Vabadussoja_Ajaloo_Komitee, lk 21
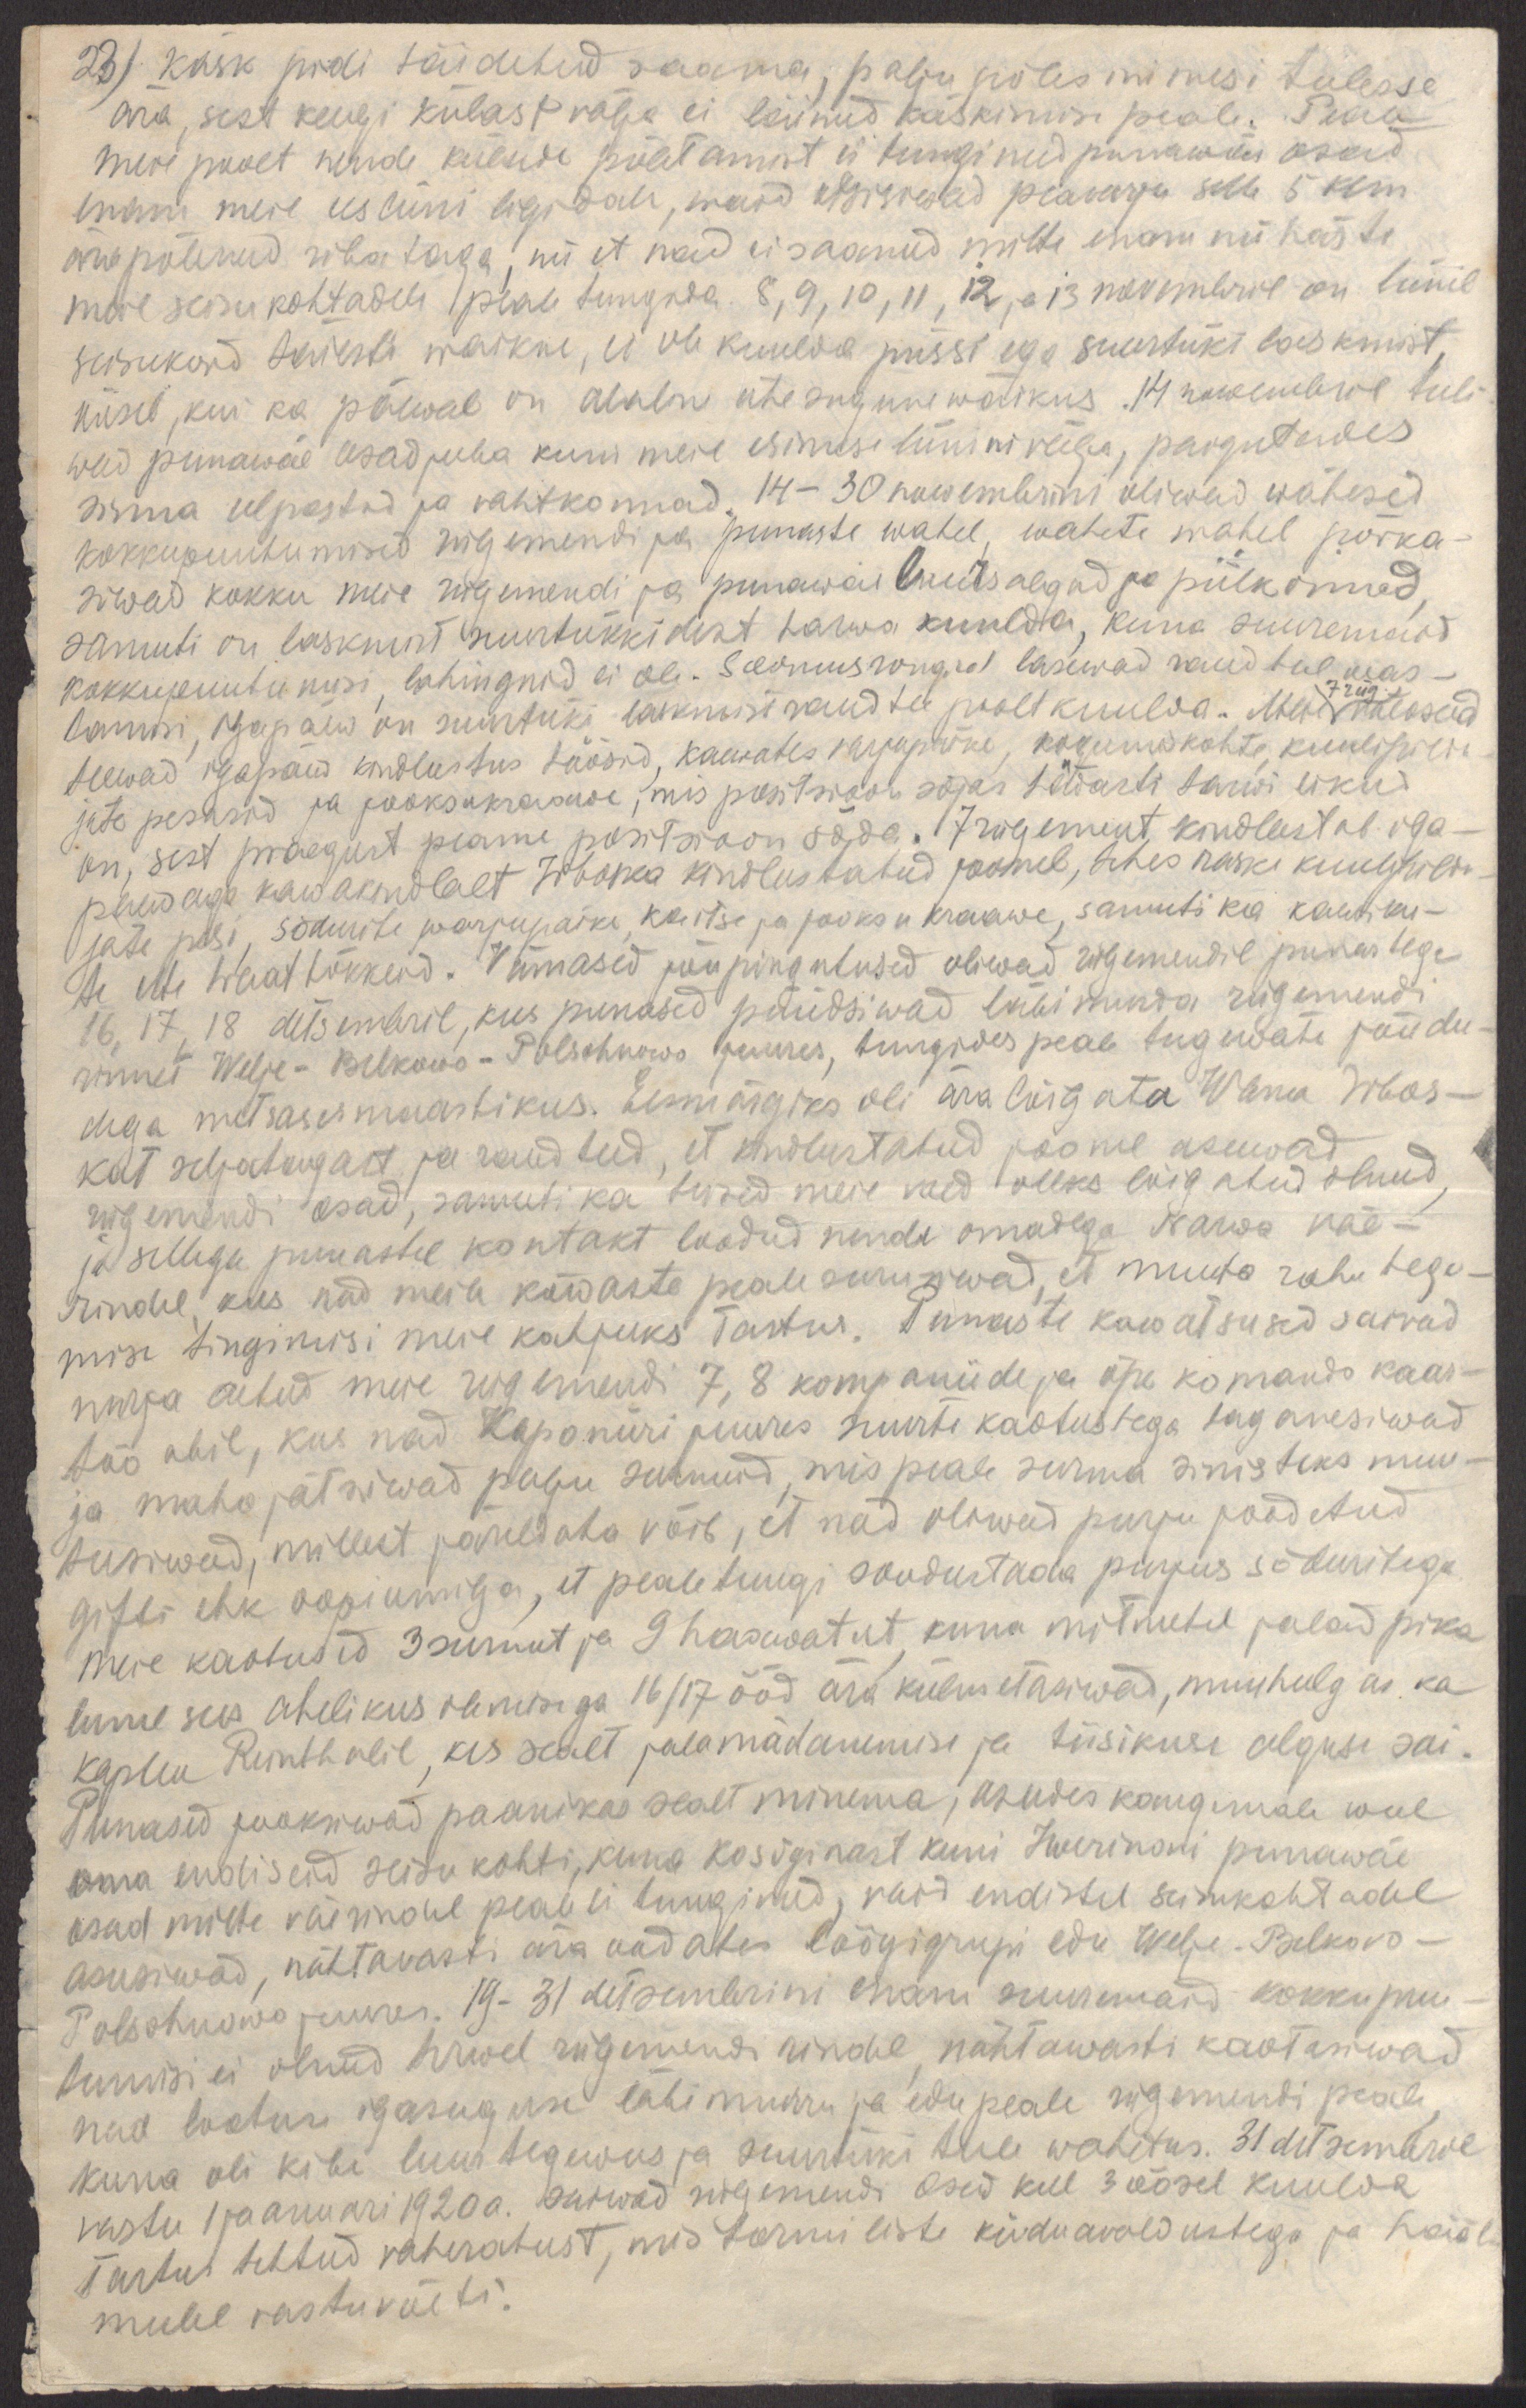
23) käsk pidi täidetud saama, palju põles inimesi tulesse
ära, sest keegi külast välja ei läinud käskimise peale. Peale
meie poolt nende külade põletamist ei tunginud punawäe osad
enam meie eesliini ligidale, waid otsisiwad peavarju selle 5 klm
ära põlenud riba taga, nii et nad ei saanud mitte enam nii hästi
meie seisukohtadele peale tungida. 8, 9, 10, 11, 12 ja 13 novembril on liinil
seisukord täiesti waikne, ei ole kuulda püssi ega suurtüki laskmist,
öösel, kui ka päewal on alaline ühesugune waikus. 14. nowembri tuli-
wad punawäe osad juba kuni meie esimese liinini välja, paigutades
sinna eelpostid ja vahtkonnad. 14-30 nowembrini oliwad wähesed
kokkupuutumisd rügemendi ja punaste wahel, wahete wahel põrka-
siwad kokku meie rügemendi ja punawäe luursalgad ja piilkonnad,
samuti on laskmist suurtükkidest harwa kuulda, kuna suuremaid
kokkupuutumisi, lahinguid ei ole. Soomusrongid lasewad raudteel  was-
7 rüg.
tamisi,igapäew on suurtüki laskmist raudtee poolt kuulda. Meid väeosad
teewad igapäew kindlustus töösid, kaewates varjupaike, kogumiskohte, kuulipildu-
jate pesasid ja jooksukraawe, mis positsioon sõjas hädasti tarwilikud
on, sest praegust peame positsioon sõda. 7 rügement kindlustab iga-
paewaga kawakindlaslt Irboska kindlustatud joonel, tehes raske kuulipildu-
jate pesi, sõdurite warjupaike, kaitse ja jooksu kraawe, samuti ka kaewiku-
te ette traattõkkeid. Wiimased jõupingutused oliwad rügemendil punastega
16, 17, 18 detsembril, kus punased püüdsiwad läbimurda rügemendi
rinnet Welje - Belkowo - Polschnowo juures, tungides peale tugewate jõudu-
dega metsases maastikus. Eesmärgiks oli ära lõigata Wana Irbos-
kat seljatagost ja raudteed, et kindlustatud joonel asuwad
rügemendi osad, samuti ka teised meie vaed oleks lõigatud olnud,
ja sellega punastel kontakt loodud nende omadega Narwa väe-
rindel, kus nad meile kõwaste peale surusiwad, et muuta rahu tege-
mise tingimisi meie kahjuks Tartus. Punaste kawatsused saivad
nurja aetud meie rügemendi 7, 8 kompaniide ja õpe komando kaas-
töö abil, kus nad Kaponiiri juures suurte kaotustega taganesiwad
ja maha jätsiwad palju surnuid, mis peale surma sinisteks muu-
tusiwad, millest järeldada võib, et nad oliwad purju joodetud
gifti ehk oopiumiga, et pealetungi soodustada purjus sõduritega.
Meie kaotused 3 surnut ja 9 haawatut, kuna mitmetel jalad pika
lume sees ahelikus olemisega 16/17 ööd ära külmetasiwad, muuhulgas ka
kapten Reinthalil, kes sealt jalamädanemise ja tiisikuse alguse sai.
Punased jooksiwad paanikas sealt minema, asudes kaugemale weel
oma endiseid seisukohti, kuna kosõginast kuni Iwerinoni punawäe
osad mitte väerindel peale ei tunginud, vaid endistel seisukohtadel
asusiwad, nähtavasti ära oodates löögigrupi edu Welje - Belkovo -
Polschnowo juures. 19-31 detsembrini enam suuremaid kokkupuu-
tumisi ei olnud terwel rügemendi rindel, nähtawasti kaotasiwad
nad lootuse igasuguse läbimurru ja edu peale rügemendi peale,
kuna oli kibe luurtegewus ja suurtüki tule wahetus. 31 detsembril
vastu 1 jaanuari 1920a. saiwad rügemendi osad kell 3 öösel kuulda
Tartus tehtud vaherahust, mis tormiliste kiiduavaldustega ja hääl
meelel vastuvõeti.